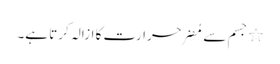
٭ جسم سے مُضِر حرارت کا ازالہ کرتا ہے۔